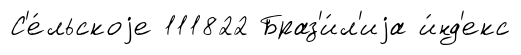
С'е́льскоjе 111822 Браз'и́л'иjа и́нд'екс